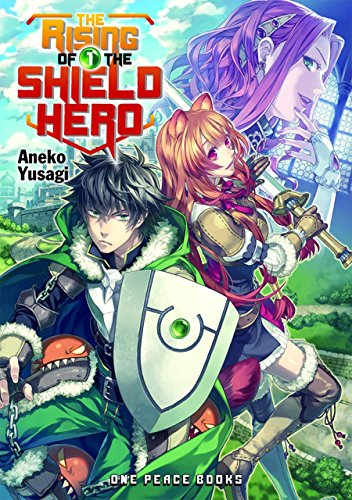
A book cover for The Rising of the Shield Hero Volume 01; Aneko Yusagi; Comics & Graphic Novels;